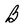
Character: B